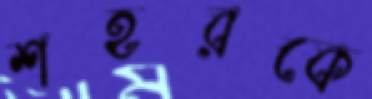
শহরকে